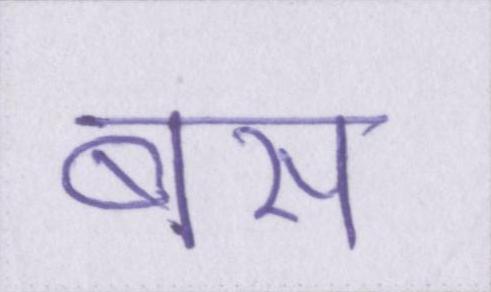
बस